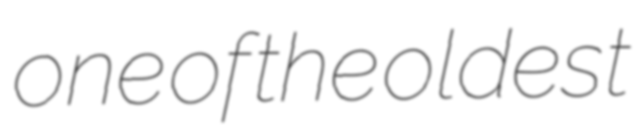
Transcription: one of the oldest